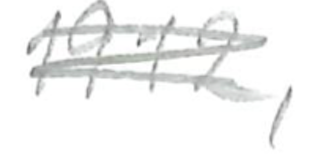
Text: 1912,
Cross-out: scratch
Writing tool: pencil